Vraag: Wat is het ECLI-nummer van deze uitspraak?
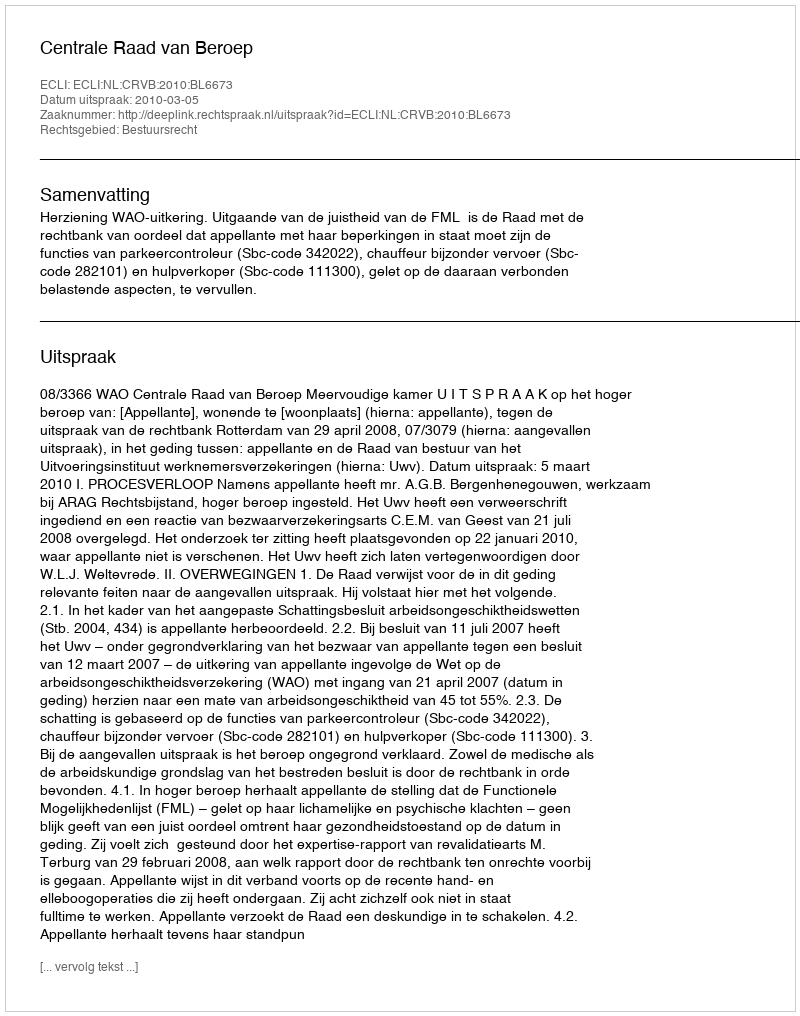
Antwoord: ECLI:NL:CRVB:2010:BL6673